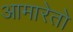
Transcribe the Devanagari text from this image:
आमारेतो